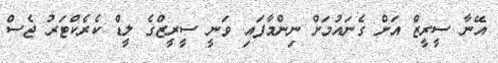
އޭނާ ސީރީޒް އަށް ގެނައުމަށް ނިންމާފައި ވަނީ ސީރީޒްގެ ލީޑް ކެރެކްޓަރު ޖެސް